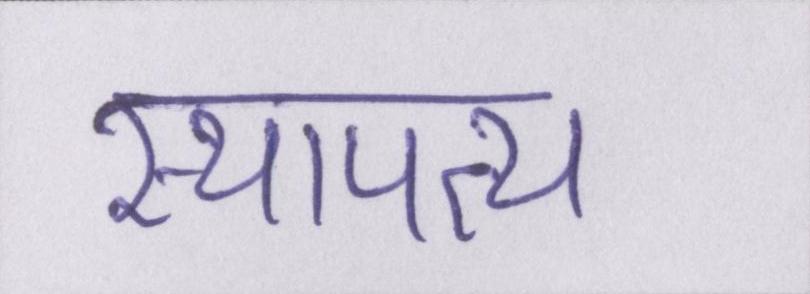
स्थापत्य